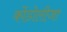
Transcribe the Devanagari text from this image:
कोंडोलीजा